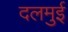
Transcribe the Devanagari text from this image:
दलमुई